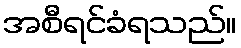
အစီရင်ခံရသည်။